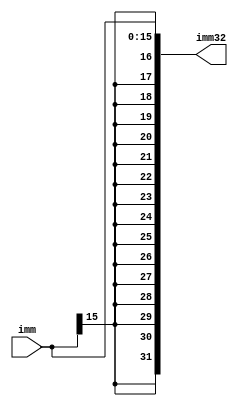
`timescale 1ns / 1ps
module imm_Extender(
        input[15:0] imm,
        output reg[31:0] imm32
    );
    always@(*) begin
        imm32 = {{16{imm[15]}},imm};
    end
endmodule